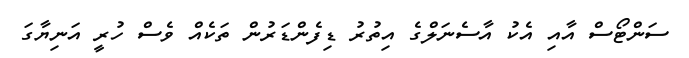
ސަންޓޯސް އާއި އެކު އާސެނަލްގެ އިތުރު ޑިފެންޑަރުން ތަކެއް ވެސް ހުރީ އަނިޔާގަ